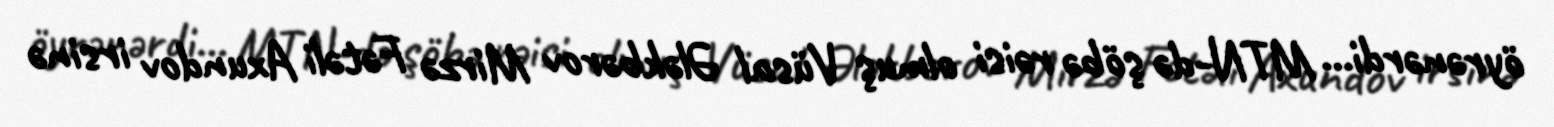
öyrənərdi... MTN-də şöbə rəisi olmuş Vüsal Ələkbərov Mirzə Fətəli Axundov irsinə